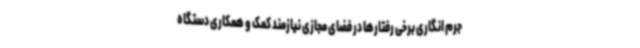
جرم انگاری برخی رفتارها در فضای مجازی نیازمند کمک و همکاری دستگاه